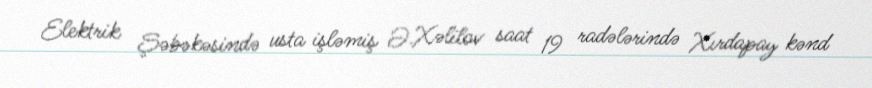
Elektrik Şəbəkəsində usta işləmiş Ə.Xəlilov saat 19 radələrində Xırdapay kənd